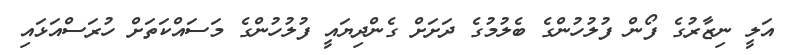
އަލީ ނިޒާރުގެ ފޯން ފުލުހުންގެ ބެލުމުގެ ދަށަށް ގެންދިޔައީ ފުލުހުންގެ މަސައްކަތަށް ހުރަސްއަޅައި